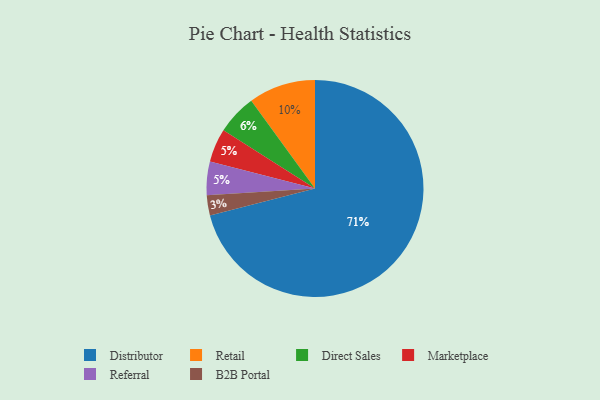
{"axis": {"x": "Category", "y": "Percentage"}, "legend": ["B2B Portal", "Direct Sales", "Distributor", "Marketplace", "Referral", "Retail"], "data": [{"x": "Marketplace", "y": 5, "type": "Marketplace"}, {"x": "Retail", "y": 10, "type": "Retail"}, {"x": "B2B Portal", "y": 3, "type": "B2B Portal"}, {"x": "Referral", "y": 5, "type": "Referral"}, {"x": "Distributor", "y": 71, "type": "Distributor"}, {"x": "Direct Sales", "y": 6, "type": "Direct Sales"}]}